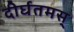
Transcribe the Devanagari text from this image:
दीर्घतमस्‌